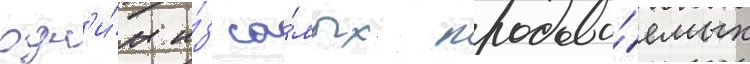
одн'и́м и́з са́мых продава́емых